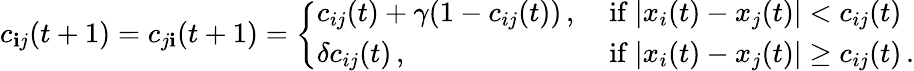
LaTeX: c_{\mathbf{i}j}(t+1)=c_{j\mathbf{i}}(t+1)=\left\{ \begin{array}{ll}{c_{ij}(t)+\gamma(1-c_{ij}(t))\, ,}&{\mathrm{~if~}|x_{i}(t)-x_{j}(t)|<c_{ij}(t)}\\ {\delta c_{ij}(t)\, ,}&{\mathrm{~if~}|x_{i}(t)-x_{j}(t)|\geq c_{ij}(t)\, .}\end{array}\right.